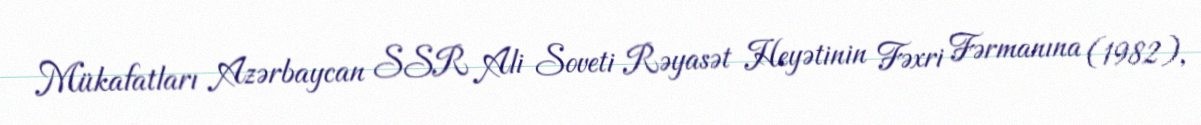
Mükafatları Azərbaycan SSR Ali Soveti Rəyasət Heyətinin Fəxri Fərmanına (1982),